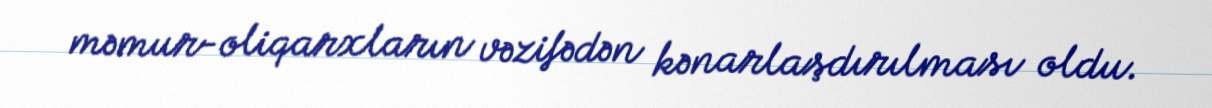
məmur-oliqarxların vəzifədən kənarlaşdırılması oldu.